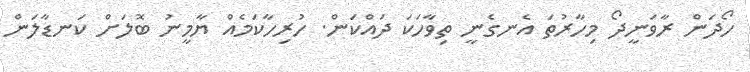
ހޯދަން ރާވަނީދޯ މިހާރުތަ އެނގެނީ ތިވާހަކަ ދައްކަން. ހުރިހާކަމެއް ޔާމީނު ބޮލަށް ކަނޑާލަން